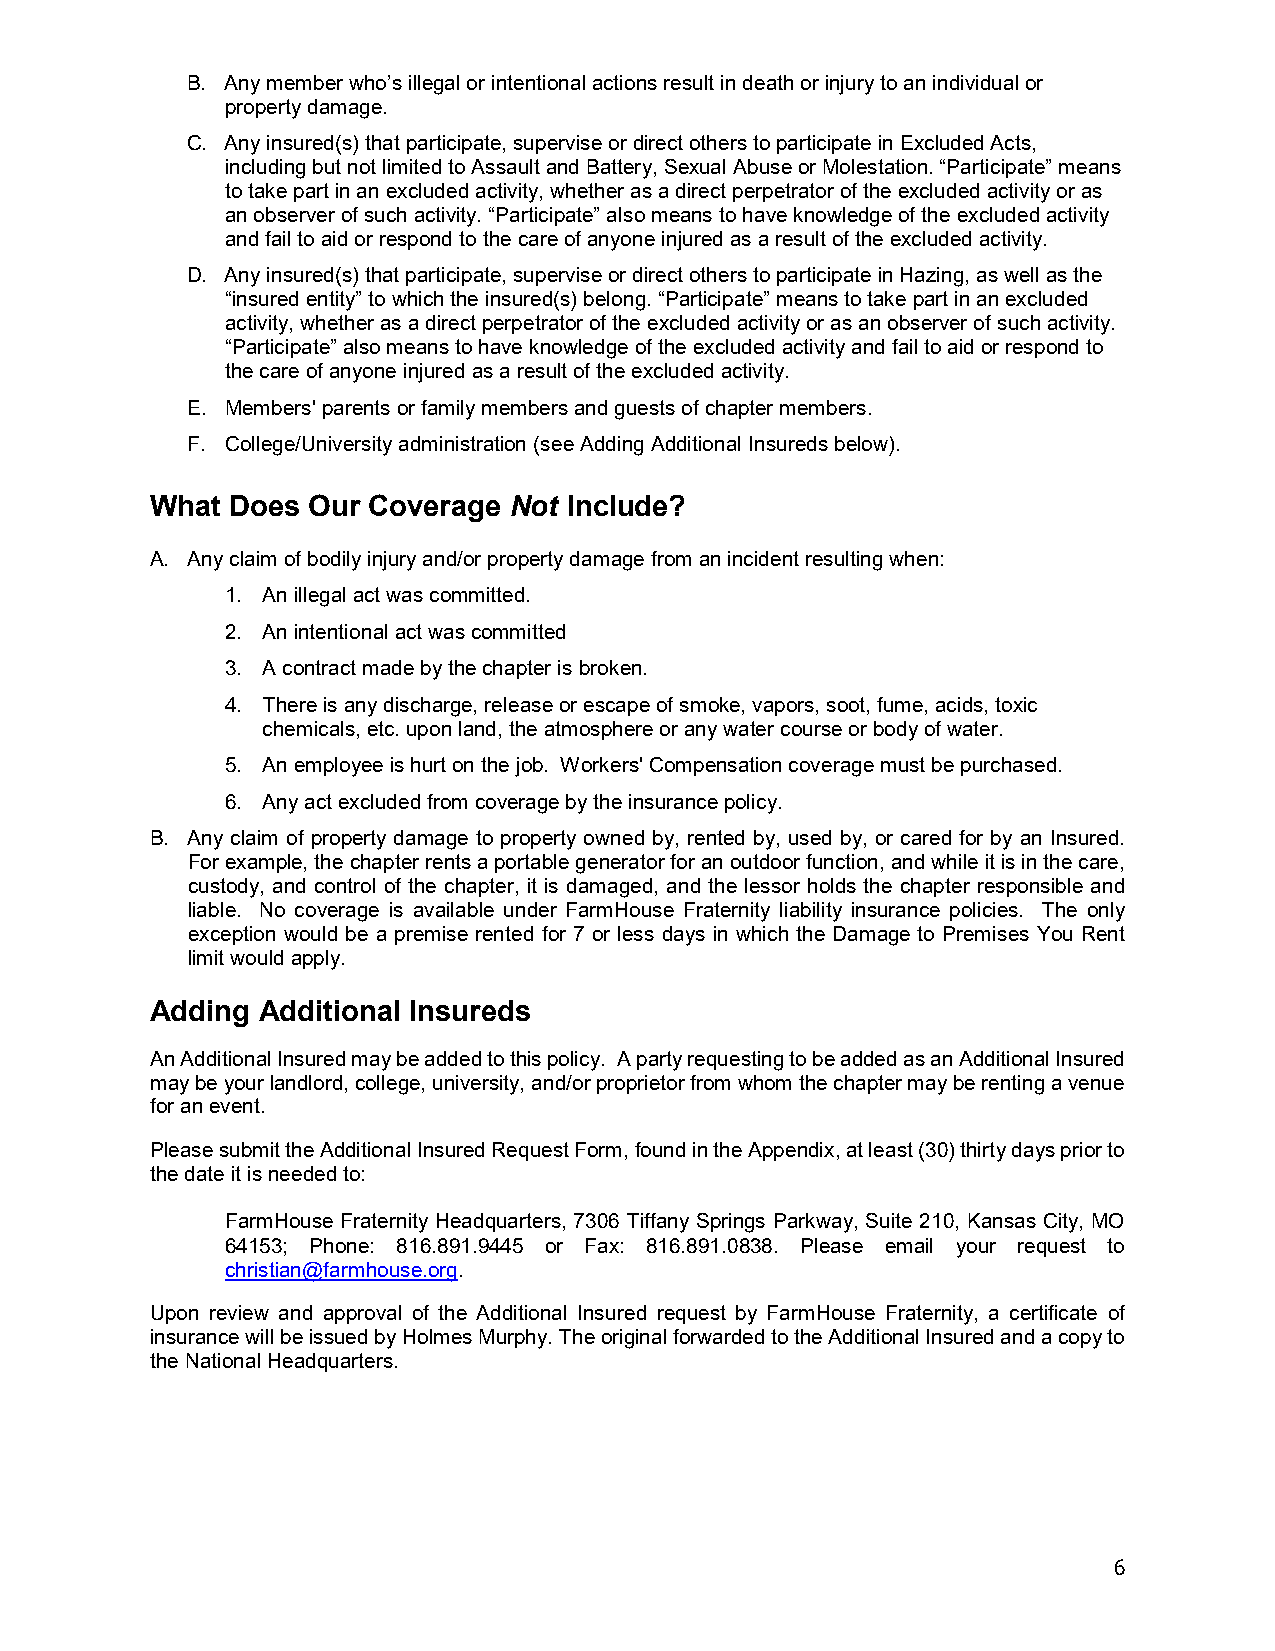
B. Any member who’s illegal or intentional actions result in death or injury to an individual or
 property damage.
 C. Any insured(s) that participate, supervise or direct others to participate in Excluded Acts,
 including but not limited to Assault and Battery, Sexual Abuse or Molestation. “Participate” means
 to take part in an excluded activity, whether as a direct perpetrator of the excluded activity or as
 an observer of such activity. “Participate” also means to have knowledge of the excluded activity
 and fail to aid or respond to the care of anyone injured as a result of the excluded activity.
 D. Any insured(s) that participate, supervise or direct others to participate in Hazing, as well as the
 “insured entity” to which the insured(s) belong. “Participate” means to take part in an excluded
 activity, whether as a direct perpetrator of the excluded activity or as an observer of such activity.
 “Participate” also means to have knowledge of the excluded activity and fail to aid or respond to
 the care of anyone injured as a result of the excluded activity.
 E. Members' parents or family members and guests of chapter members.
 F. College/University administration (see Adding Additional Insureds below).
 What Does Our Coverage  Not Include?
 A. Any claim of bodily injury and/or property damage from an incident resulting when:
 1. An illegal act was committed.
 2. An intentional act was committed
 3. A contract made by the chapter is broken.
 4. There is any discharge, release or escape of smoke, vapors, soot, fume, acids, toxic
 chemicals, etc. upon land, the atmosphere or any water course or body of water.
 5. An employee is hurt on the job. Workers' Compensation coverage must be purchased.
 6. Any act excluded from coverage by the insurance policy.
 B. Any claim of property damage to property owned by, rented by, used by, or cared for by an Insured.
 For example, the chapter rents a portable generator for an outdoor function, and while it is in the care,
 custody, and control of the chapter, it is damaged, and the lessor holds the chapter responsible and
 liable. No coverage is available under FarmHouse Fraternity liability insurance policies. The only
 exception would be a premise rented for 7 or less days in which the Damage to Premises You Rent
 limit would apply.
 Adding Additional Insureds
 An Additional Insured may be added to this policy. A party requesting to be added as an Additional Insured
 may be your landlord, college, university, and/or proprietor from whom the chapter may be renting a venue
 for an event.
 Please submit the Additional Insured Request Form, found in the Appendix, at least (30) thirty days prior to
 the date it is needed to:
 FarmHouse Fraternity Headquarters, 7306 Tiffany Springs Parkway, Suite 210, Kansas City, MO
 64153; Phone: 816.891.9445 or Fax: 816.891.0838. Please email your request to
 christian@farmhouse.org.
 Upon review and approval of the Additional Insured request by FarmHouse Fraternity, a certificate of
 insurance will be issued by Holmes Murphy. The original forwarded to the Additional Insured and a copy to
 the National Headquarters.
 6